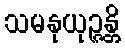
သမနုယုဉ္ဇန္တိ